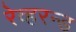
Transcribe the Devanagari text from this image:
रेव्हरन्ड